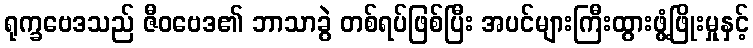
ရုက္ခဗေဒသည် ဇီဝဗေဒ၏ ဘာသာခွဲ တစ်ရပ်ဖြစ်ပြီး အပင်များကြီးထွားဖွံ့ဖြိုးမှုနှင့်